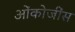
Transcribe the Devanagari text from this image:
ओंकोजींस